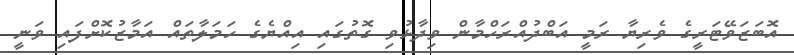
އޮބަޒަވޭޓަރީގެ ވެރިޔާ ރަމީ އަބްދުއްރަހްމާން ވިދާޅުވި ގޮތުގައި އިއްޔެގެ ހަމަލާތައް އަމާޒުކޮށްފައި ވަނީ